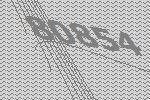
80854